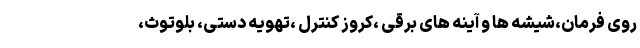
روی فرمان،شیشه ها و آینه های برقی ،کروز کنترل ،تهویه دستی، بلوتوث،